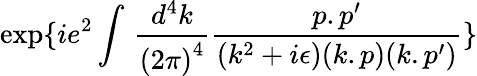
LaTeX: \exp\{ ie^{2}\int\, \frac{d^{4}k}{{(2\pi)}^{4}}\frac{p.p^{\prime}}{(k^{2}+i\epsilon)(k.p)(k.p^{\prime})}\}